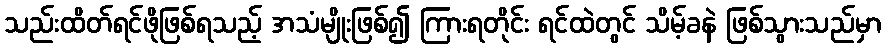
သည်းထိတ်ရင်ဖိုဖြစ်ရသည့် အသံမျိုးဖြစ်၍ ကြားရတိုင်း ရင်ထဲတွင် သိမ့်ခနဲ ဖြစ်သွားသည်မှာ